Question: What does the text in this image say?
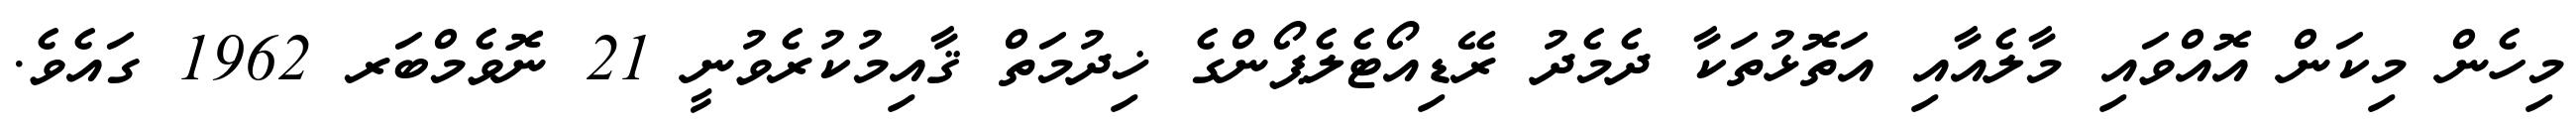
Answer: މިހެން މިކަން އޮއްވައި މާލެއާއި އަތޮޅުތަކާ ދެމެދު ރޭޑިއޯޓެލެޕޯންގެ ޚިދުމަތް ޤާއިމުކުރެވުނީ 21 ނޮވެމްބަރ 1962 ގައެވެ.